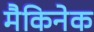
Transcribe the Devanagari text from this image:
मैकिनेक